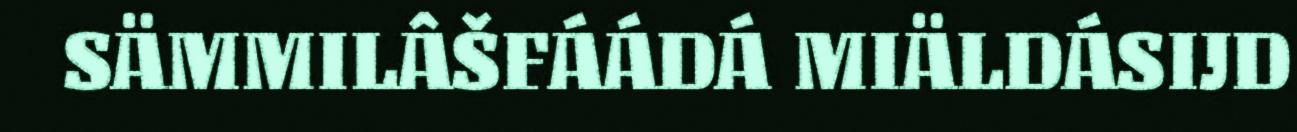
SÄMMILÂŠFÁÁDÁ MIÄLDÁSIJD